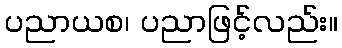
ပညာယစ၊ ပညာဖြင့်လည်း။